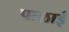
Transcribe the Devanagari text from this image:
पालाई